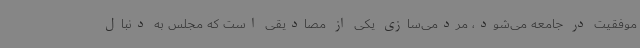
موفقیت در جامعه می‌شود، مردمی‌سازی یکی از مصادیقی است که مجلس به دنبال